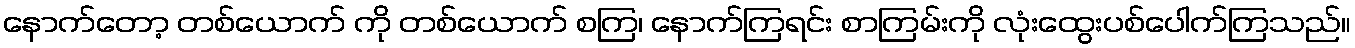
နောက်တော့ တစ်ယောက် ကို တစ်ယောက် စကြ၊ နောက်ကြရင်း စာကြမ်းကို လုံးထွေးပစ်ပေါက်ကြသည်။